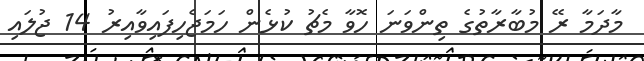
މާދަމާ ރޭ މުބާރާތުގެ ތިންވަނަ ހޮވާ މެޗު ކުޅެން ހަމަޖެހިފައިވާއިރު 14 ޖުލައި